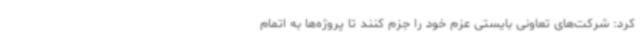
کرد: شرکت‌های تعاونی بایستی عزم خود را جزم کنند تا پروژه‌ها به اتمام